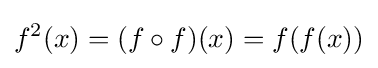
f^{2}(x)=(f\circ f)(x)=f(f(x))